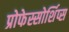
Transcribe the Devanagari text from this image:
प्रोफेस्सोर्शिप्स